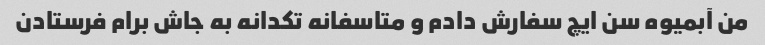
من آبمیوه سن ایچ سفارش دادم و متاسفانه تکدانه به جاش برام فرستادن